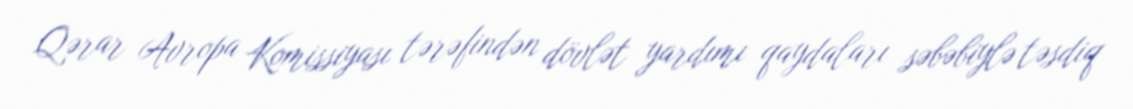
Qərar Avropa Komissiyası tərəfindən dövlət yardımı qaydaları səbəbiylə təsdiq